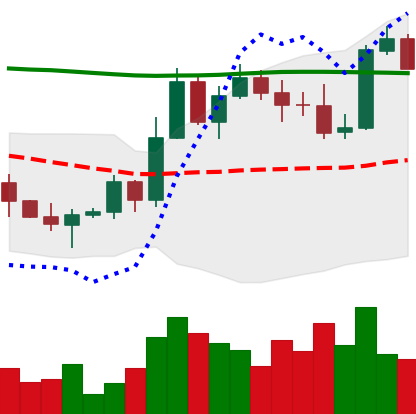
Ticker: BTC-USD
Chart end date: 2022-11-06
Forward return: -18.599%
Label: down_7plus